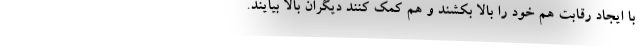
با ایجاد رقابت هم خود را بالا بکشند و هم کمک کنند دیگران بالا بیایند.